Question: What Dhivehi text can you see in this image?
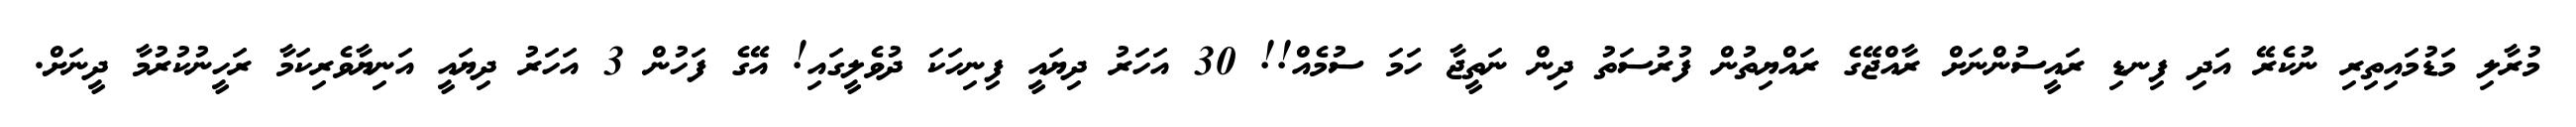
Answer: މުރާލި މަޑުމައިތިރި ނުކެރޭ އަދި ފިނޑި ރައީސުންނަށް ރާއްޖޭގެ ރައްޔިތުން ފުރުސަތު ދިން ނަތީޖާ ހަމަ ސުމެއް!! 30 އަހަރު ދިޔައީ ފިނިހަކަ ދުވެލީގައި! އޭގެ ފަހުން 3 އަހަރު ދިޔައީ އަނިޔާވެރިކަމާ ރަހީނުކުރުމާ ދީނަށް.